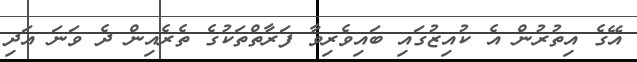
އޭގެ އިތުރުން އެ ކުއިޒުގައި ބައިވެރިވާ ފަރާތްތަކުގެ ތެރެއިން ދެ ވަނަ އަދި